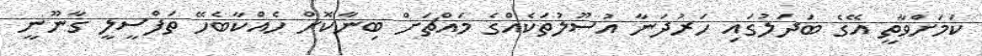
ކަމަށްވާތީ އޭގެ ބަދަލުގައި ހަރުދަނާ އުސޫލުތަކެއްގެ މައްޗަށް ބިނާކޮށް ހެއްކާބެހޭ ތަފްސީލީ ގާނޫނީ